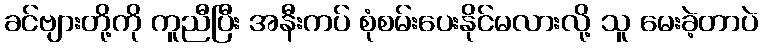
ခင်ဗျားတို့ကို ကူညီပြီး အနီးကပ် စုံစမ်းပေးနိုင်မလားလို့ သူ မေးခဲ့တာပဲ